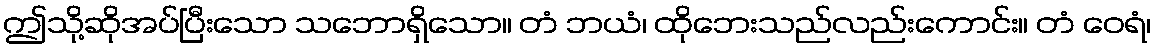
ဤသို့ဆိုအပ်ပြီးသော သဘောရှိသော။ တံ ဘယံ၊ ထိုဘေးသည်လည်းကောင်း။ တံ ဝေရံ၊